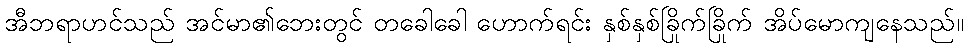
အီဘရာဟင်သည် အင်မာ၏ဘေးတွင် တခေါခေါ ဟောက်ရင်း နှစ်နှစ်ခြိုက်ခြိုက် အိပ်မောကျနေသည်။